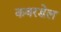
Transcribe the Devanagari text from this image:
कबरडेल